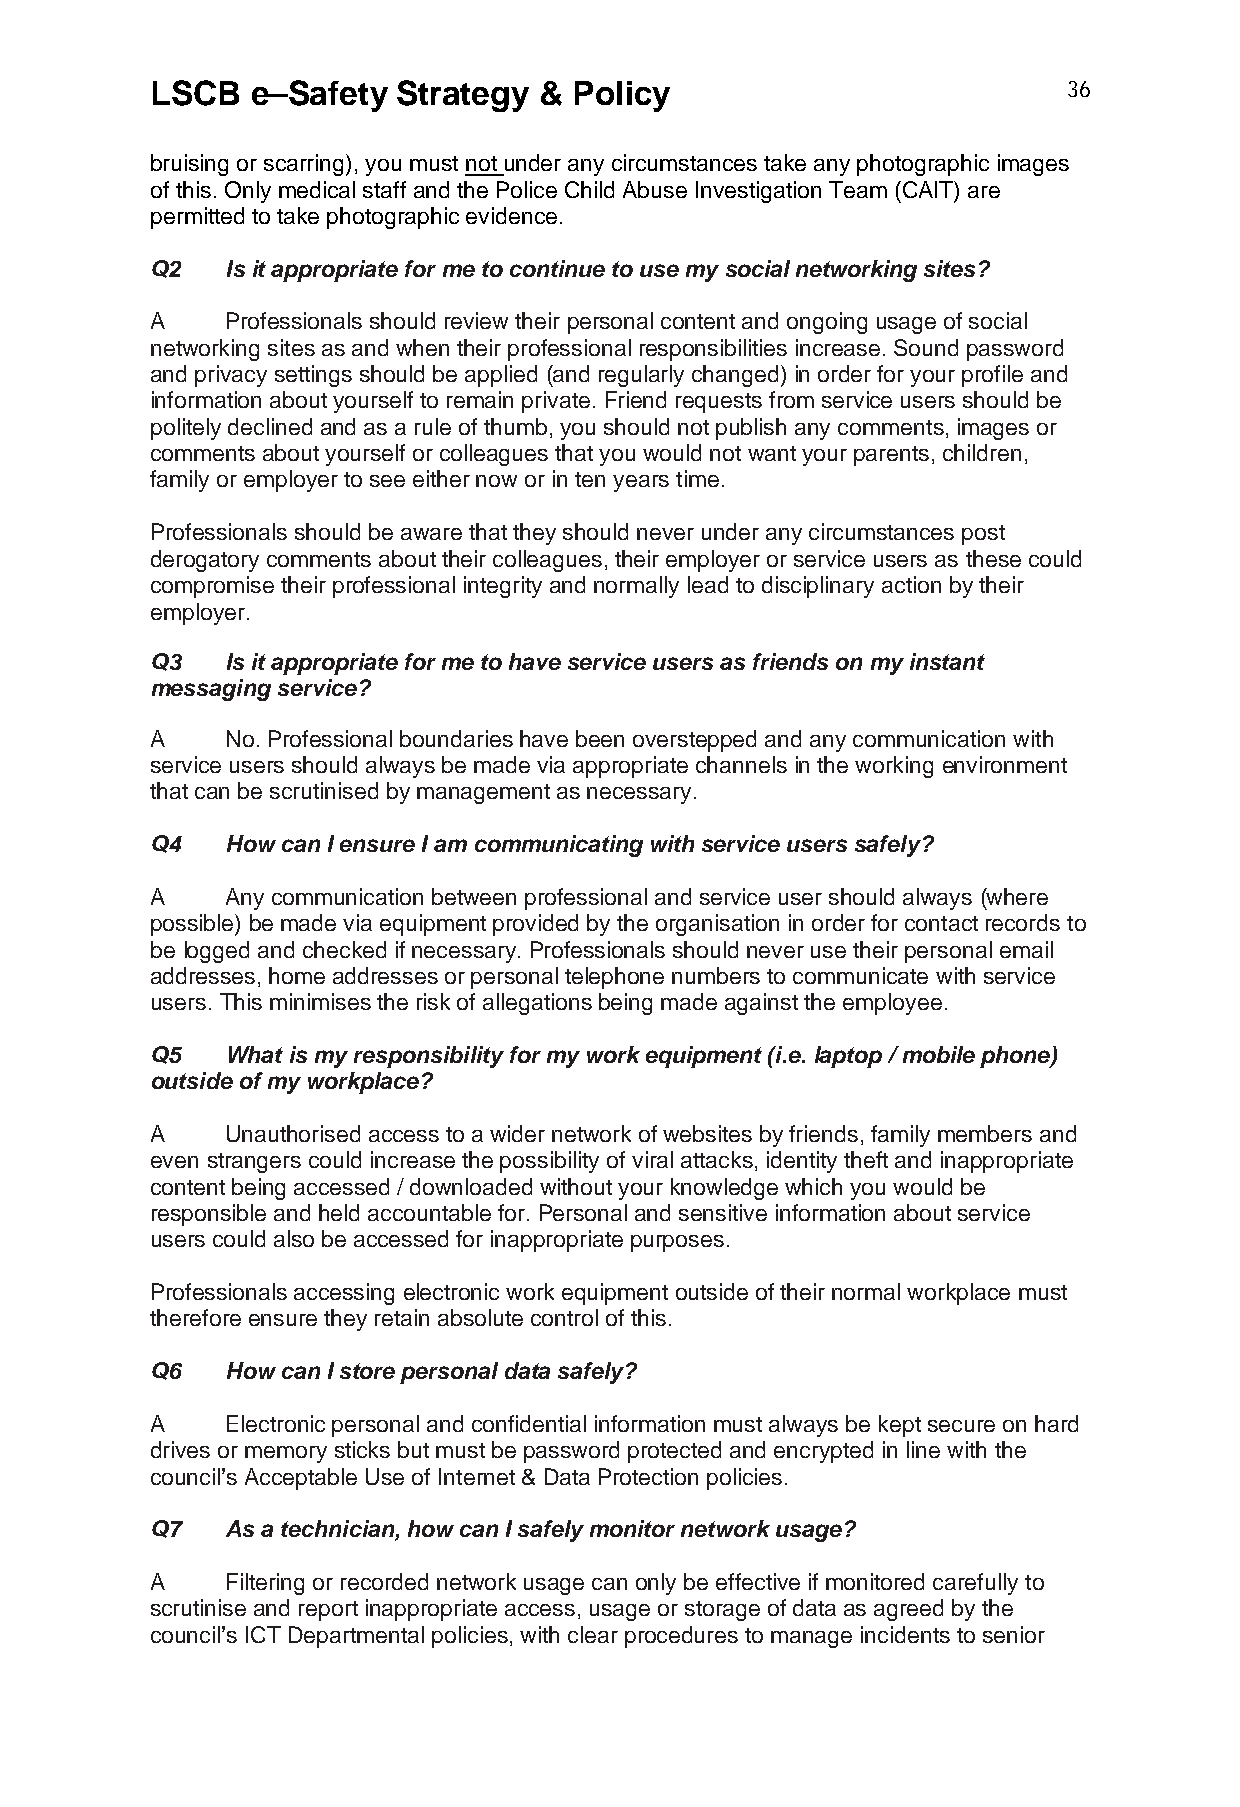
LSCB   e–Safety Strategy  & Policy                           36
 bruising or scarring), you must not under any circumstances take any photographic images
 of this. Only medical staff and the Police Child Abuse Investigation Team (CAIT) are
 permitted to take photographic evidence.
 Q2   Is it appropriate for me to continue to use my social networking sites?
 A    Professionals should review their personal content and ongoing usage of social
 networking sites as and when their professional responsibilities increase. Sound password
 and privacy settings should be applied (and regularly changed) in order for your profile and
 information about yourself to remain private. Friend requests from service users should be
 politely declined and as a rule of thumb, you should not publish any comments, images or
 comments about yourself or colleagues that you would not want your parents, children,
 family or employer to see either now or in ten years time.
 Professionals should be aware that they should never under any circumstances post
 derogatory comments about their colleagues, their employer or service users as these could
 compromise their professional integrity and normally lead to disciplinary action by their
 employer.
 Q3   Is it appropriate for me to have service users as friends on my instant
 messaging service?
 A    No. Professional boundaries have been overstepped and any communication with
 service users should always be made via appropriate channels in the working environment
 that can be scrutinised by management as necessary.
 Q4   How can I ensure I am communicating with service users safely?
 A    Any communication between professional and service user should always (where
 possible) be made via equipment provided by the organisation in order for contact records to
 be logged and checked if necessary. Professionals should never use their personal email
 addresses, home addresses or personal telephone numbers to communicate with service
 users. This minimises the risk of allegations being made against the employee.
 Q5   What is my responsibility for my work equipment (i.e. laptop / mobile phone)
 outside of my workplace?
 A    Unauthorised access to a wider network of websites by friends, family members and
 even strangers could increase the possibility of viral attacks, identity theft and inappropriate
 content being accessed / downloaded without your knowledge which you would be
 responsible and held accountable for. Personal and sensitive information about service
 users could also be accessed for inappropriate purposes.
 Professionals accessing electronic work equipment outside of their normal workplace must
 therefore ensure they retain absolute control of this.
 Q6   How can I store personal data safely?
 A    Electronic personal and confidential information must always be kept secure on hard
 drives or memory sticks but must be password protected and encrypted in line with the
 council’s Acceptable Use of Internet & Data Protection policies.
 Q7   As a technician, how can I safely monitor network usage?
 A    Filtering or recorded network usage can only be effective if monitored carefully to
 scrutinise and report inappropriate access, usage or storage of data as agreed by the
 council’s ICT Departmental policies, with clear procedures to manage incidents to senior